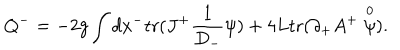
LaTeX: Q ^ { - } = - 2 g \int d x ^ { - } \mathrm { t r } ( J ^ { + } \frac { 1 } { D _ { - } } \psi ) + 4 L \mathrm { t r } ( \partial _ { + } A ^ { + } \stackrel { 0 } { \psi } ) .